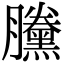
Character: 黱